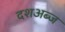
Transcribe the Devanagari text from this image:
दशअब्ज